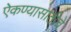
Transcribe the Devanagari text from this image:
ऐकण्यासाठीचे